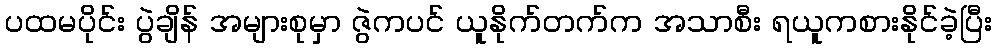
ပထမပိုင်း ပွဲချိန် အများစုမှာ ဇွဲကပင် ယူနိုက်တက်က အသာစီး ရယူကစားနိုင်ခဲ့ပြီး